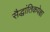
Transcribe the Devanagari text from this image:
सैद्धांतिकपेक्षा